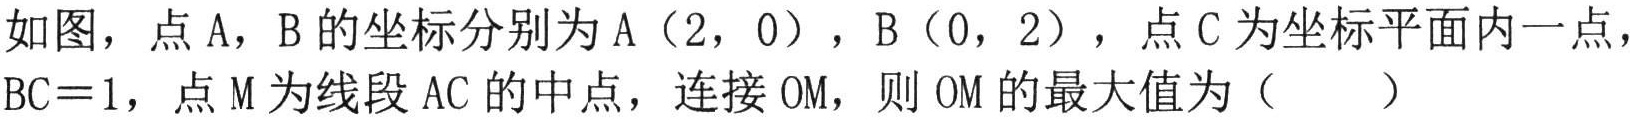
如图，点 A，B 的坐标分别为 A（2，0），B（0，2），点 C 为坐标平面内一点，BC = 1，点 M 为线段 AC 的中点，连接 OM，则 OM 的最大值为（  ）